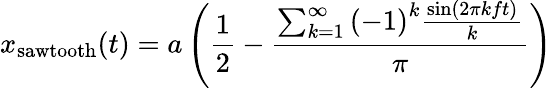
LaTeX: x_{\mathrm{sawtooth}}(t)=a\left({\frac{1}{2}}-{\frac{\sum_{k=1}^{\infty}{(-1)}^{k}{\frac{\sin(2\pi kft)}{k}}}{\pi}}\right)